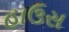
હાઉસ